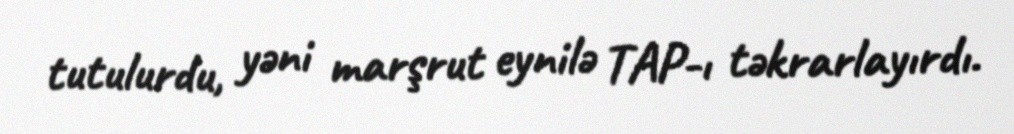
tutulurdu, yəni marşrut eynilə TAP-ı təkrarlayırdı.